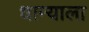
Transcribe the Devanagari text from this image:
धान्याला